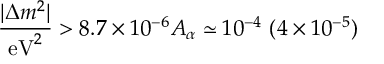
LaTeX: \frac { | \Delta m ^ { 2 } | } { \mathrm { e V } ^ { 2 } } > 8 . 7 \times 1 0 ^ { - 6 } A _ { \alpha } \simeq 1 0 ^ { - 4 } \ ( 4 \times 1 0 ^ { - 5 } )